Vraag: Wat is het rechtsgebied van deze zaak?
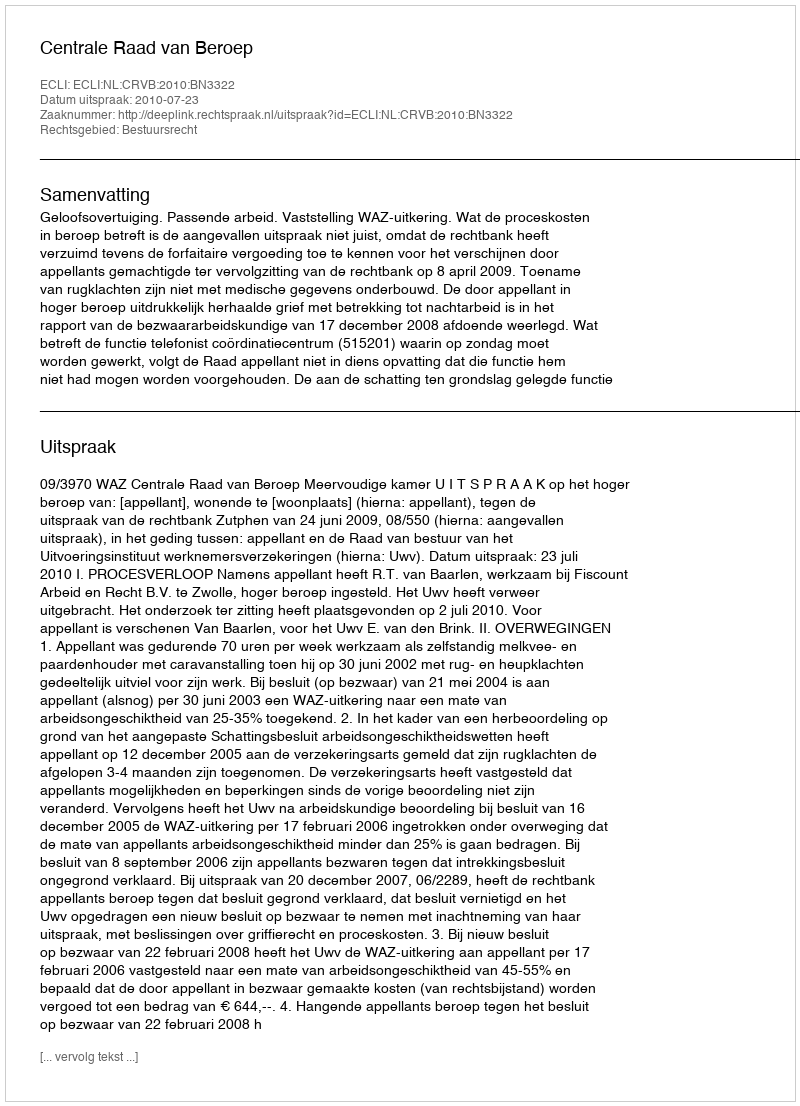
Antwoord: Bestuursrecht